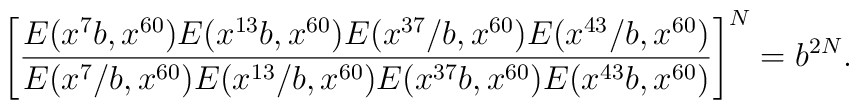
\left[\frac{E(x^7b,x^{60})E(x^{13}b,x^{60})E(x^{37}/b,x^{60})E(x^{43}/b,x^{60})}{E(x^7/b,x^{60})E(x^{13}/b,x^{60})E(x^{37}b,x^{60})E(x^{43}b,x^{60})}\right]^N=b^{2N}.